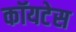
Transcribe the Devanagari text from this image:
कॉयटेस